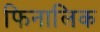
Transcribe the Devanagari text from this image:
फिनालिक